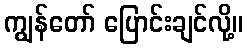
ကျွန်တော် ပြောင်းချင်လို့။